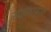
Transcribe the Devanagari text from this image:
खाद्यगृहात